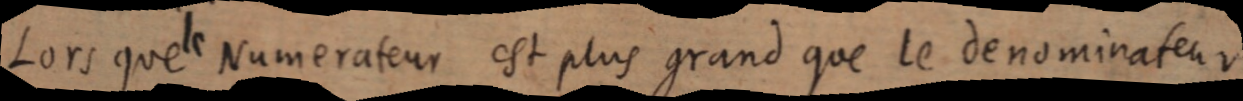
lors quel Numerateur est plus grand que le denominateur